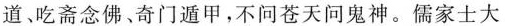
道、吃斋念佛﹑奇门遁甲，不问苍天问鬼神。儒家士大